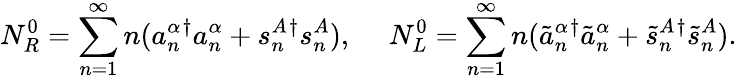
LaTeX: N_{R}^{0}=\sum_{n=1}^{\infty}n(a_{n}^{\alpha}{}^{\dagger}a_{n}^{\alpha}+s_{n}^{A}{}^{\dagger}s_{n}^{A}),~~~~~N_{L}^{0}=\sum_{n=1}^{\infty}n(\tilde{a}_{n}^{\alpha}{}^{\dagger}\tilde{a}_{n}^{\alpha}+\tilde{s}_{n}^{A}{}^{\dagger}\tilde{s}_{n}^{A}).